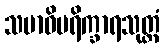
သမာဓိပရိက္ခာရသုတ္တံ